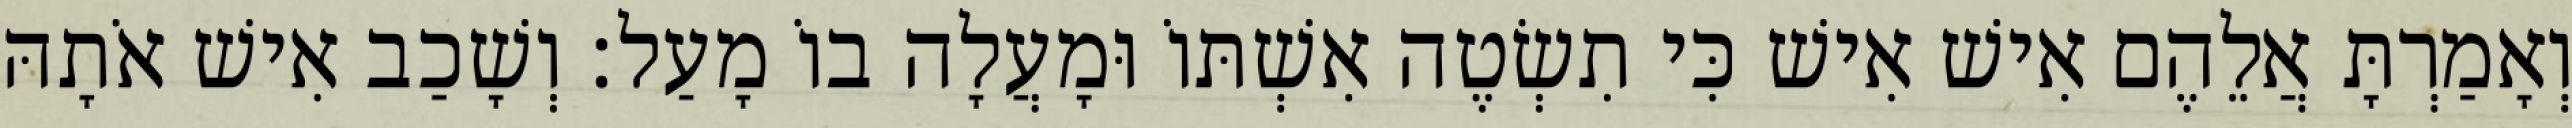
וְאָמַרְתָּ אֲלֵהֶם אִישׁ אִישׁ כִּי תִשְׂטֶה אִשְׁתּוֹ וּמָעֲלָה בוֹ מָעַל׃ וְשָׁכַב אִישׁ אֹתָהּ